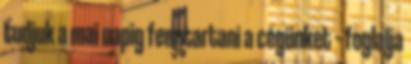
tudjuk a mai napig fenntartani a cégünket – foglalja